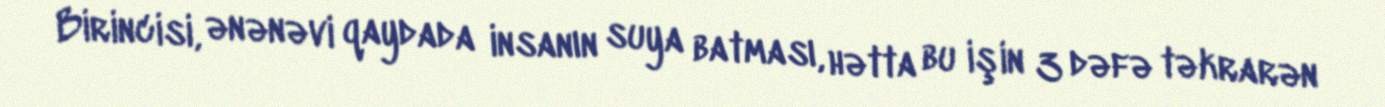
Birincisi, ənənəvi qaydada insanın suya batması, hətta bu işin 3 dəfə təkrarən